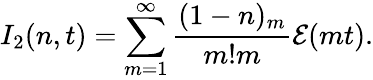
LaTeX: I_{2}(n,t)=\sum_{m=1}^{\infty}{\frac{(1-n)_{m}}{m!m}}{\cal E}(mt).